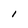
Character: I